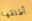
أطلقها